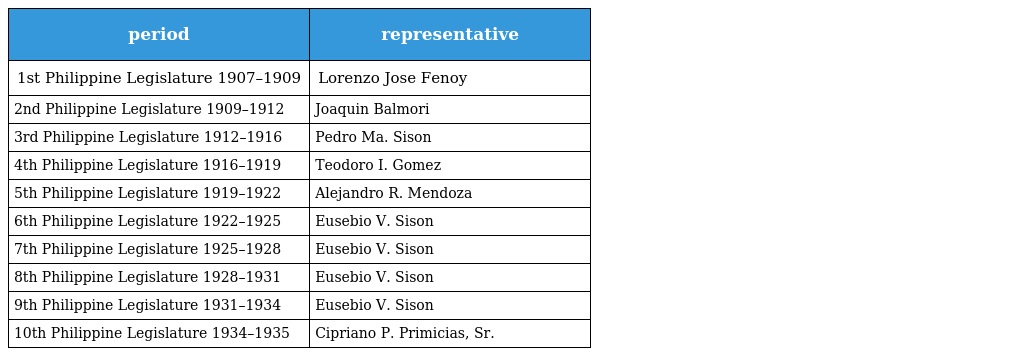
| period | representative |
 | --- | --- |
 | 1st Philippine Legislature 1907–1909 | Lorenzo Jose Fenoy |
 | 2nd Philippine Legislature 1909–1912 | Joaquin Balmori |
 | 3rd Philippine Legislature 1912–1916 | Pedro Ma. Sison |
 | 4th Philippine Legislature 1916–1919 | Teodoro I. Gomez |
 | 5th Philippine Legislature 1919–1922 | Alejandro R. Mendoza |
 | 6th Philippine Legislature 1922–1925 | Eusebio V. Sison |
 | 7th Philippine Legislature 1925–1928 | Eusebio V. Sison |
 | 8th Philippine Legislature 1928–1931 | Eusebio V. Sison |
 | 9th Philippine Legislature 1931–1934 | Eusebio V. Sison |
 | 10th Philippine Legislature 1934–1935 | Cipriano P. Primicias, Sr. |